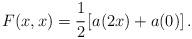
LaTeX: \begin{align*} F(x, x) = \cfrac{1}{2} \left[ a(2 x) + a(0) \right].\end{align*}